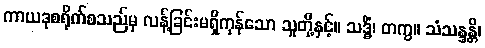
ကာယဒုစရိုက်စသည်မှ လန့်ခြင်းမရှိကုန်သော သူတို့နှင့်။ သဒ္ဓိံ၊ တကွ။ သံသန္ဒန္တိ၊